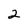
Character: 2